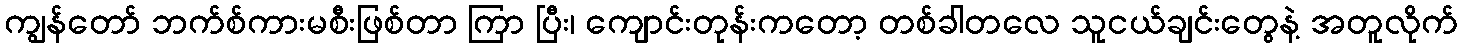
ကျွန်တော် ဘက်စ်ကားမစီးဖြစ်တာ ကြာ ပြီး၊ ကျောင်းတုန်းကတော့ တစ်ခါတလေ သူငယ်ချင်းတွေနဲ့ အတူလိုက်